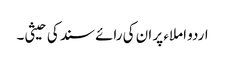
اردو املاء پر ان کی رائے سند کی حیثی۔